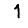
Digit: 1